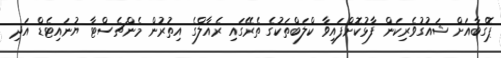
ޕޮގްބާއަށް ޝައުގުވެރިކަން ފާޅުކޮށްފައިވާ ކްލަބްތަކުގެ ތެރޭގައި ރެއާލްގެ އިތުރުން މެންޗެސްޓާ ޔުނައިޓެޑް އަދި